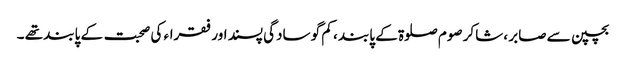
بچپن سے صابر ، شاکر صوم صلوۃ کے پابند ، کم گو سادگی پسند اور فقراء کی صحبت کے پابند تھے ۔